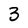
Character: 3